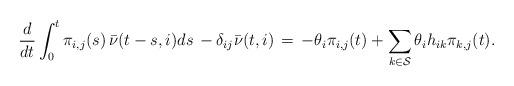
LaTeX: \begin{align*}\frac{d}{dt} \int_0^t \pi_{i,j} (s) \, \bar{\nu}(t-s,i) ds \, - \delta_{ij} \bar{\nu}(t,i) \, = \, -\theta_i \pi_{i,j}(t) + \sum_{k \in \mathcal{S}} \theta_i h_{ik} \pi_{k,j}(t).\end{align*}